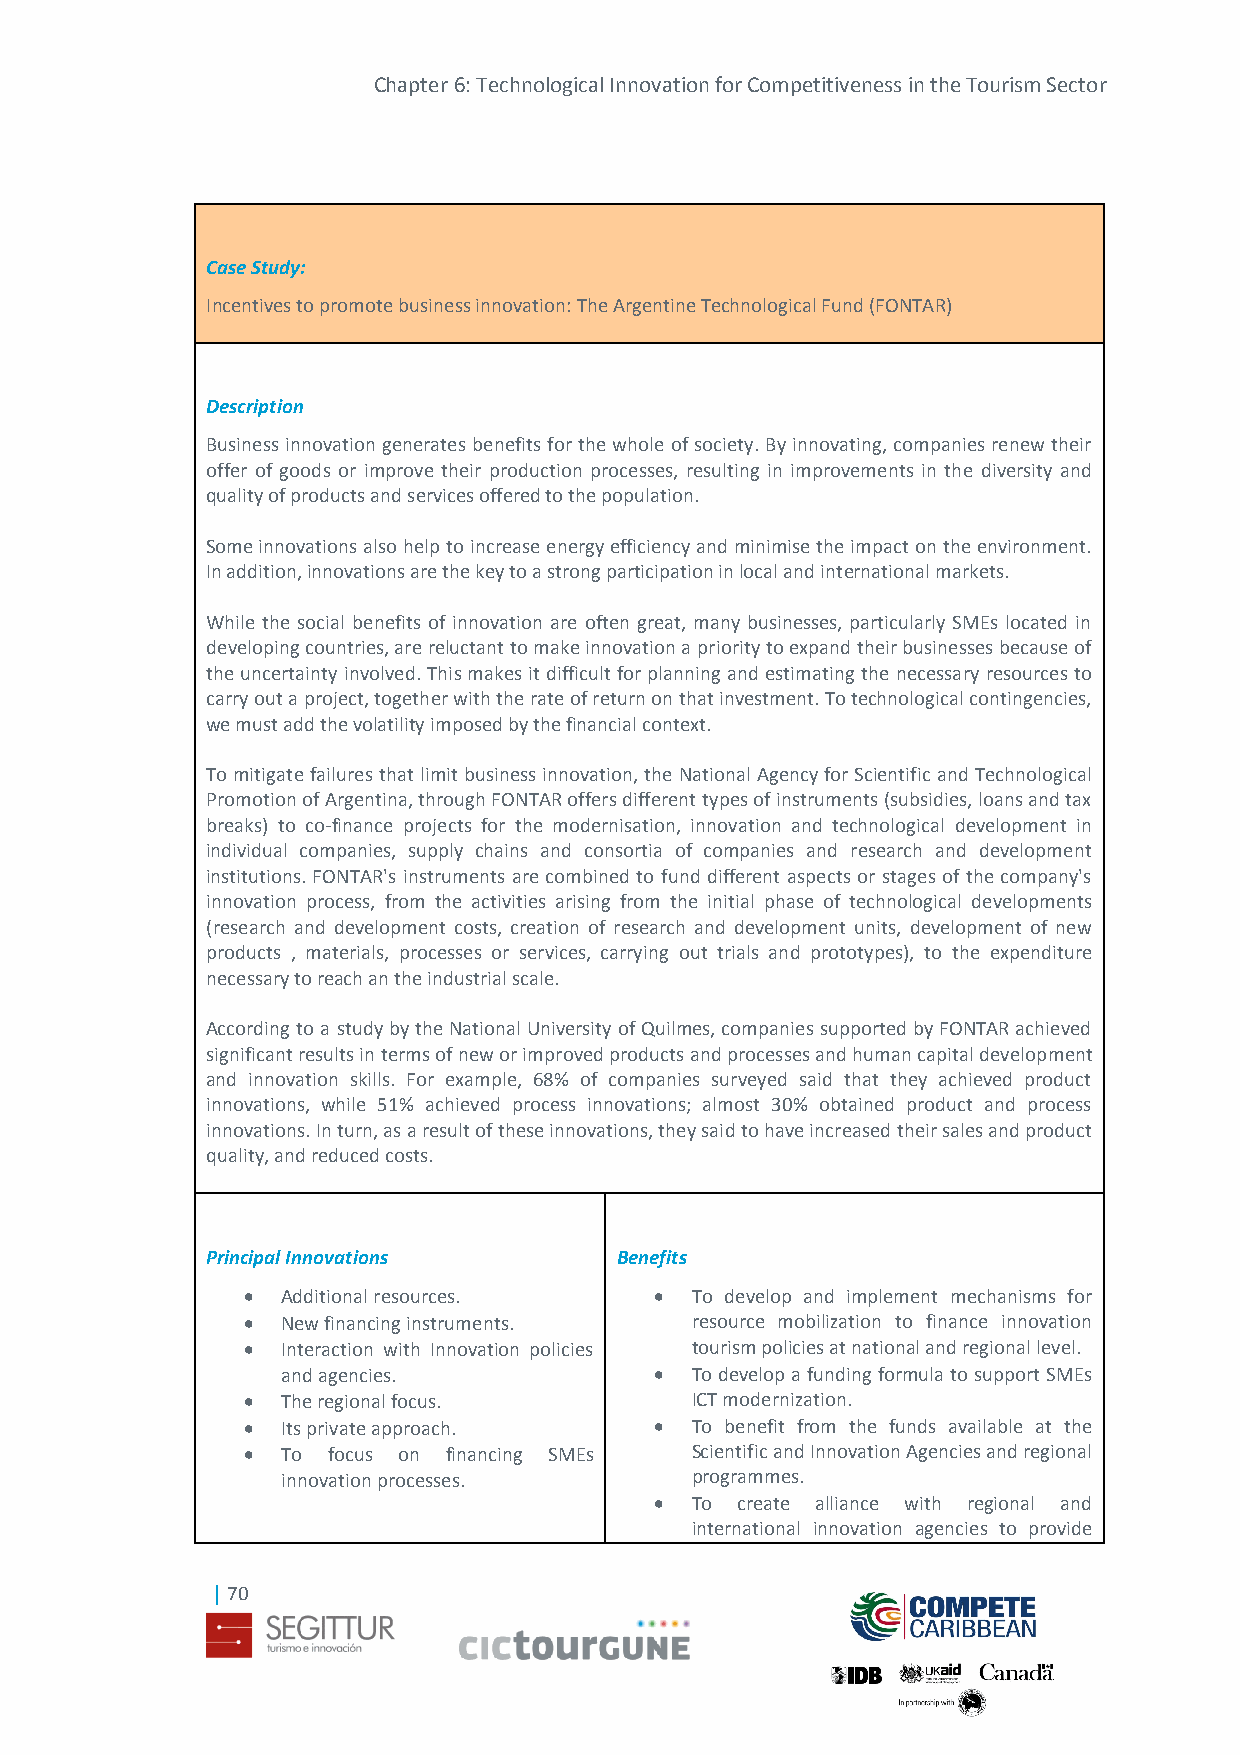
Chapter 6: Technological Innovation for Competitiveness in the Tourism Sector
 Case Study:
 Incentives to promote business innovation: The Argentine Technological Fund (FONTAR)
 Description
 Business innovation generates benefits for the whole of society. By innovating, companies renew their
 offer of goods or improve their production processes, resulting in improvements in the diversity and
 quality of products and services offered to the population.
 Some innovations also help to increase energy efficiency and minimise the impact on the environment.
 In addition, innovations are the key to a strong participation in local and international markets.
 While the social benefits of innovation are often great, many businesses, particularly SMEs located in
 developing countries, are reluctant to make innovation a priority to expand their businesses because of
 the uncertainty involved. This makes it difficult for planning and estimating the necessary resources to
 carry out a project, together with the rate of return on that investment. To technological contingencies,
 we must add the volatility imposed by the financial context.
 To mitigate failures that limit business innovation, the National Agency for Scientific and Technological
 Promotion of Argentina, through FONTAR offers different types of instruments (subsidies, loans and tax
 breaks) to co-finance projects for the modernisation, innovation and technological development in
 individual companies, supply chains and consortia of companies and research and development
 institutions. FONTAR's instruments are combined to fund different aspects or stages of the company's
 innovation process, from the activities arising from the initial phase of technological developments
 (research and development costs, creation of research and development units, development of new
 products , materials, processes or services, carrying out trials and prototypes), to the expenditure
 necessary to reach an the industrial scale.
 According to a study by the National University of Quilmes, companies supported by FONTAR achieved
 significant results in terms of new or improved products and processes and human capital development
 and innovation skills. For example, 68% of companies surveyed said that they achieved product
 innovations, while 51% achieved process innovations; almost 30% obtained product and process
 innovations. In turn, as a result of these innovations, they said to have increased their sales and product
 quality, and reduced costs.
 Principal Innovations      Benefits
   Additional resources.     To develop and implement mechanisms for
   New financing instruments. resource mobilization to finance innovation
   Interaction with Innovation policies tourism policies at national and regional level.
 and agencies.             To develop a funding formula to support SMEs
   The regional focus.        ICT modernization.
   Its private approach.     To benefit from the funds available at the
   To focus on financing SMEs Scientific and Innovation Agencies and regional
 innovation processes.      programmes.
   To create alliance with regional and
 international innovation agencies to provide
 | 70